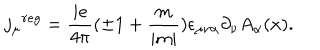
LaTeX: { j _ { \mu } } ^ { r e g } = \frac { i e } { 4 \pi } ( \pm 1 + \frac { m } { | m | } ) \epsilon _ { \mu \nu \alpha } \partial _ { \nu } A _ { \alpha } ( x ) .